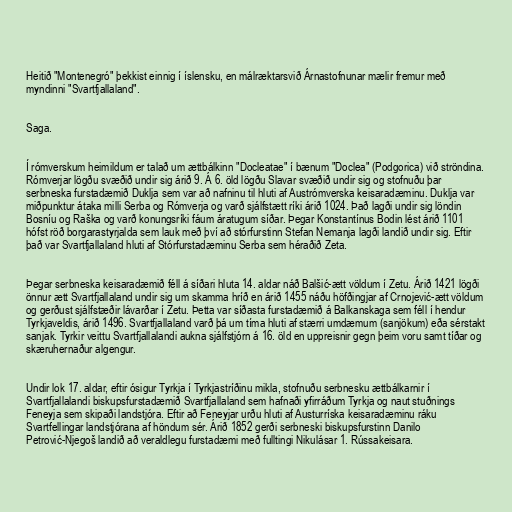
Heitið "Montenegró" þekkist einnig í íslensku, en málræktarsvið Árnastofnunar mælir fremur með
myndinni "Svartfjallaland".

Saga.

Í rómverskum heimildum er talað um ættbálkinn "Docleatae" í bænum "Doclea" (Podgorica) við ströndina.
Rómverjar lögðu svæðið undir sig árið 9. Á 6. öld lögðu Slavar svæðið undir sig og stofnuðu þar
serbneska furstadæmið Duklja sem var að nafninu til hluti af Austrómverska keisaradæminu. Duklja var
miðpunktur átaka milli Serba og Rómverja og varð sjálfstætt ríki árið 1024. Það lagði undir sig löndin
Bosníu og Raška og varð konungsríki fáum áratugum síðar. Þegar Konstantínus Bodin lést árið 1101
hófst röð borgarastyrjalda sem lauk með því að stórfurstinn Stefan Nemanja lagði landið undir sig. Eftir
það var Svartfjallaland hluti af Stórfurstadæminu Serba sem héraðið Zeta.

Þegar serbneska keisaradæmið féll á síðari hluta 14. aldar náð Balšić-ætt völdum í Zetu. Árið 1421 lögði
önnur ætt Svartfjallaland undir sig um skamma hríð en árið 1455 náðu höfðingjar af Crnojević-ætt völdum
og gerðust sjálfstæðir lávarðar í Zetu. Þetta var síðasta furstadæmið á Balkanskaga sem féll í hendur
Tyrkjaveldis, árið 1496. Svartfjallaland varð þá um tíma hluti af stærri umdæmum (sanjökum) eða sérstakt
sanjak. Tyrkir veittu Svartfjallalandi aukna sjálfstjórn á 16. öld en uppreisnir gegn þeim voru samt tíðar og
skæruhernaður algengur.

Undir lok 17. aldar, eftir ósigur Tyrkja í Tyrkjastríðinu mikla, stofnuðu serbnesku ættbálkarnir í
Svartfjallalandi biskupsfurstadæmið Svartfjallaland sem hafnaði yfirráðum Tyrkja og naut stuðnings
Feneyja sem skipaði landstjóra. Eftir að Feneyjar urðu hluti af Austurríska keisaradæminu ráku
Svartfellingar landstjórana af höndum sér. Árið 1852 gerði serbneski biskupsfurstinn Danilo
Petrović-Njegoš landið að veraldlegu furstadæmi með fulltingi Nikulásar 1. Rússakeisara.